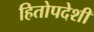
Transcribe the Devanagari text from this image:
हितोपदेशी